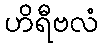
ဟိရီဗလံ